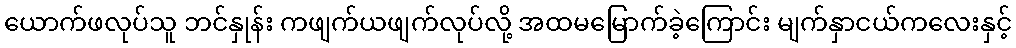
ယောက်ဖလုပ်သူ ဘင်နှုန်း ကဖျက်ယဖျက်လုပ်လို့ အထမမြောက်ခဲ့ကြောင်း မျက်နှာငယ်ကလေးနှင့်